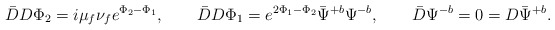
\begin{align*}\bar DD\Phi_2=i\mu_f\nu_fe^{\Phi_2-\Phi_1},\qquad\bar DD\Phi_1=e^{2\Phi_1-\Phi_2}\bar\Psi^{+b}\Psi^{-b},\qquad \bar D\Psi^{-b}=0=D\bar\Psi^{+b}.\end{align*}